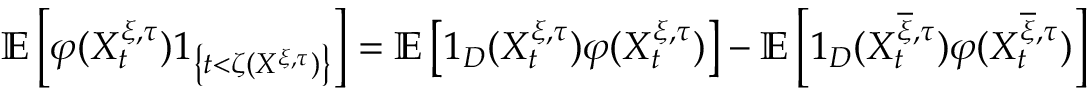
\mathbb { E } \left[ \varphi ( X _ { t } ^ { \xi , \tau } ) 1 _ { \left\{ t < \zeta ( X ^ { \xi , \tau } ) \right\} } \right] = \mathbb { E } \left[ 1 _ { D } ( X _ { t } ^ { \xi , \tau } ) \varphi ( X _ { t } ^ { \xi , \tau } ) \right] - \mathbb { E } \left[ 1 _ { D } ( X _ { t } ^ { \overline { { \xi } } , \tau } ) \varphi ( X _ { t } ^ { \overline { { \xi } } , \tau } ) \right]